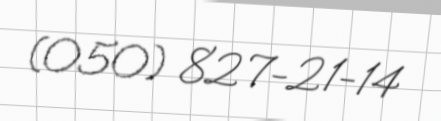
(050) 827-21-14